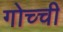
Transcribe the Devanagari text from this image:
गोच्ची